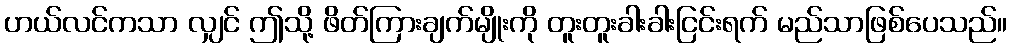
ဟယ်လင်ကသာ လျှင် ဤသို့ ဖိတ်ကြားချက်မျိုးကို တူးတူးခါးခါးငြင်းရက် မည်သာဖြစ်ပေသည်။